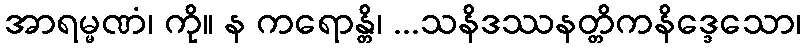
အာရမ္မဏံ၊ ကို။ န ကရောန္တိ၊ ...သနိဒဿနတ္တိကနိဒ္ဒေသော၊